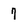
Character: 7